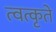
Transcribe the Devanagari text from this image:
त्वत्कृते